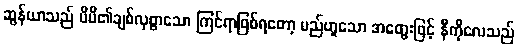
ဆွန်ယာသည် မိမိ၏ချစ်လှစွာသော ကြင်ရာဖြစ်ရတော့ မည်ဟူသော အတွေးဖြင့် နီကိုလေသည်